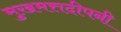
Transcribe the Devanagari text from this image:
मुखमत्तदीपनी